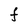
Character: F